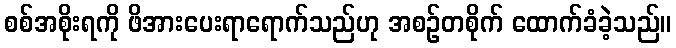
စစ်အစိုးရကို ဖိအားပေးရာရောက်သည်ဟု အစဉ်တစိုက် ထောက်ခံခဲ့သည်။